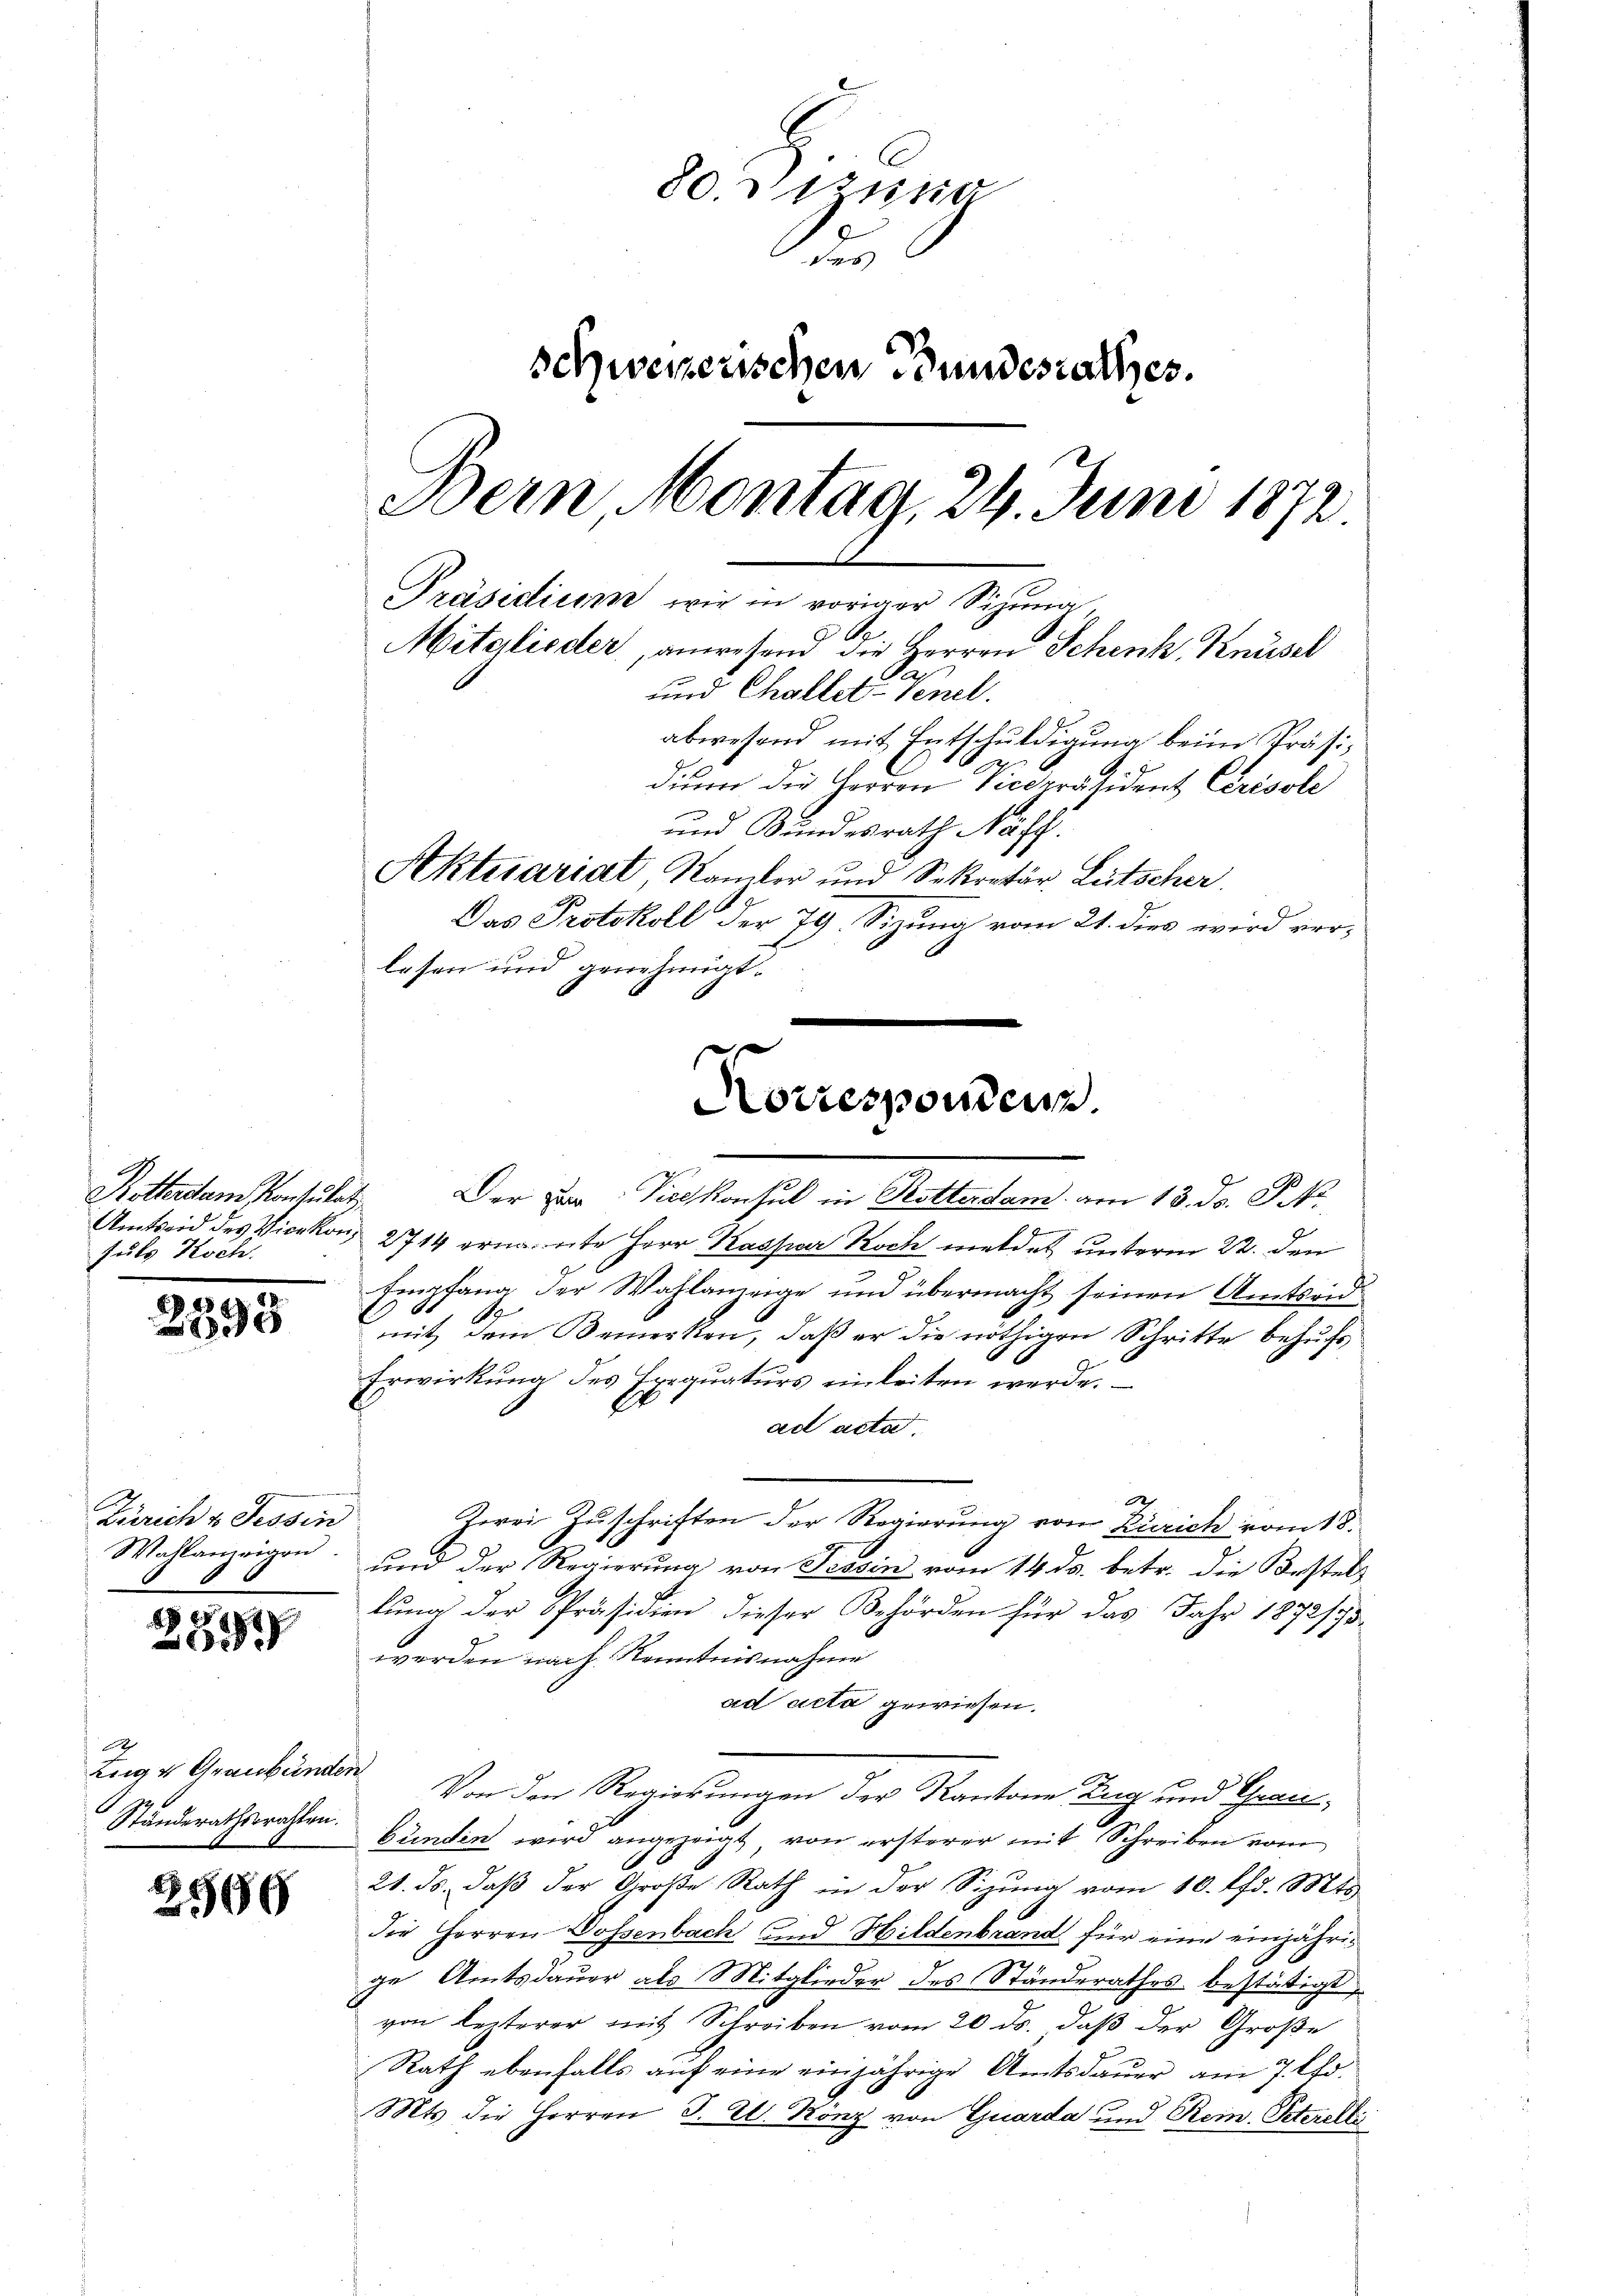
suls Koch.

2393

Zürich v. Tessin
Wahlanzeigen

2
289

24
Luig & Graubünde.
Ständerathswahlen.

2599

80. 131110
d
schweizerischen Bundesrathes.
Bern, Montag, 24. Juni 1872
Präsidium wir in voriger Sizung
Mitglieder, anwesend die Herren Schenk, Knüsel
und Challet-Venel.
abwesend mit Entschŭldigung beim Präsidium die Herren Vicepräsident Cerisole
und Sundesrath Näff.
Aktesariat, Namler und Sekretär Lütscher
Das Protokoll der 79. Sizung vom 21. dies wird verlesen und genehmigt.

Amtseid des Vicekon, 2714 ernannte Herr Kaspar Roch meldet, unterm 22. den
Empfang der Wahlanzeige und übermacht seinen Amtseid
mit dem Bemerken, daß er die nöthigen Schritte behufs
Erwirkung des Exequaturs einleiten werde.
ad acta.
A
Jorei Zuschriften der Regierung von Zürich vom 18.
und der Regierung von Tessin vom 14. ds. betr. die Bestel-
lung der Präsidien dieser Behörden für das Jahr 1872/73
werden nach Kenntnisnahme
ad acta gewiesen.
d
Von den Regierungen der Kantone Zug und Graubünden wird angezeigt, von ersterer mit Schreiben vom
21. ds., daß der Große Rath in der Sizung vom 10. Pfd. Mts.
die Herren Dossenbach und Hildenbrand für eine einjährige Amtsdauer als Mitglieder des Ständerathes bestätigt
von lezterer mit Schreiben vom 20. ds. daβ der Große
Rath ebenfalls auf eine einjährige Amtsdauer am 7. Chr.
Mts. die Herren J. Zl. Köng von Guarda und Rein. Peteroll

Norresponderen.
Rotterstem Konsulat. Der zur Vicekonsul in Rotterdam am 13. ds. Pr